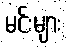
မင်းများ